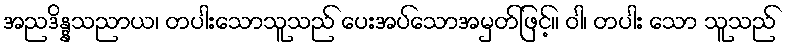
အညဒိန္နသညာယ၊ တပါးသောသူသည် ပေးအပ်သောအမှတ်ဖြင့်။ ဝါ၊ တပါး သော သူသည်